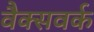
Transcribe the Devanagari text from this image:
वैक्सवर्क